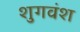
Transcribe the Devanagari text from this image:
शुगवंश